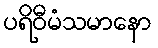
ပရိဝီမံသမာနော